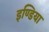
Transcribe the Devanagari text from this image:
इण्‍डिया